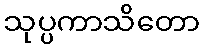
သုပ္ပကာသိတော